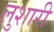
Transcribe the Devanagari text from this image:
लुशारी